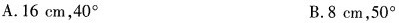
A.16cm，40° B.8cm，50°